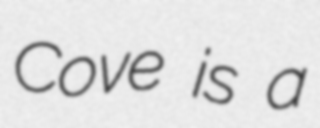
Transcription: Cove is a